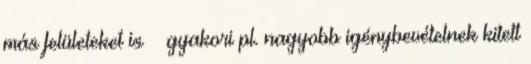
más felületeket is – gyakori pl. nagyobb igénybevételnek kitett